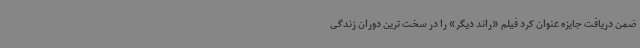
ضمن دریافت جایزه عنوان کرد فیلم «راند دیگر» را در سخت ترین دوران زندگی